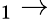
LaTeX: _{1}\rightarrow